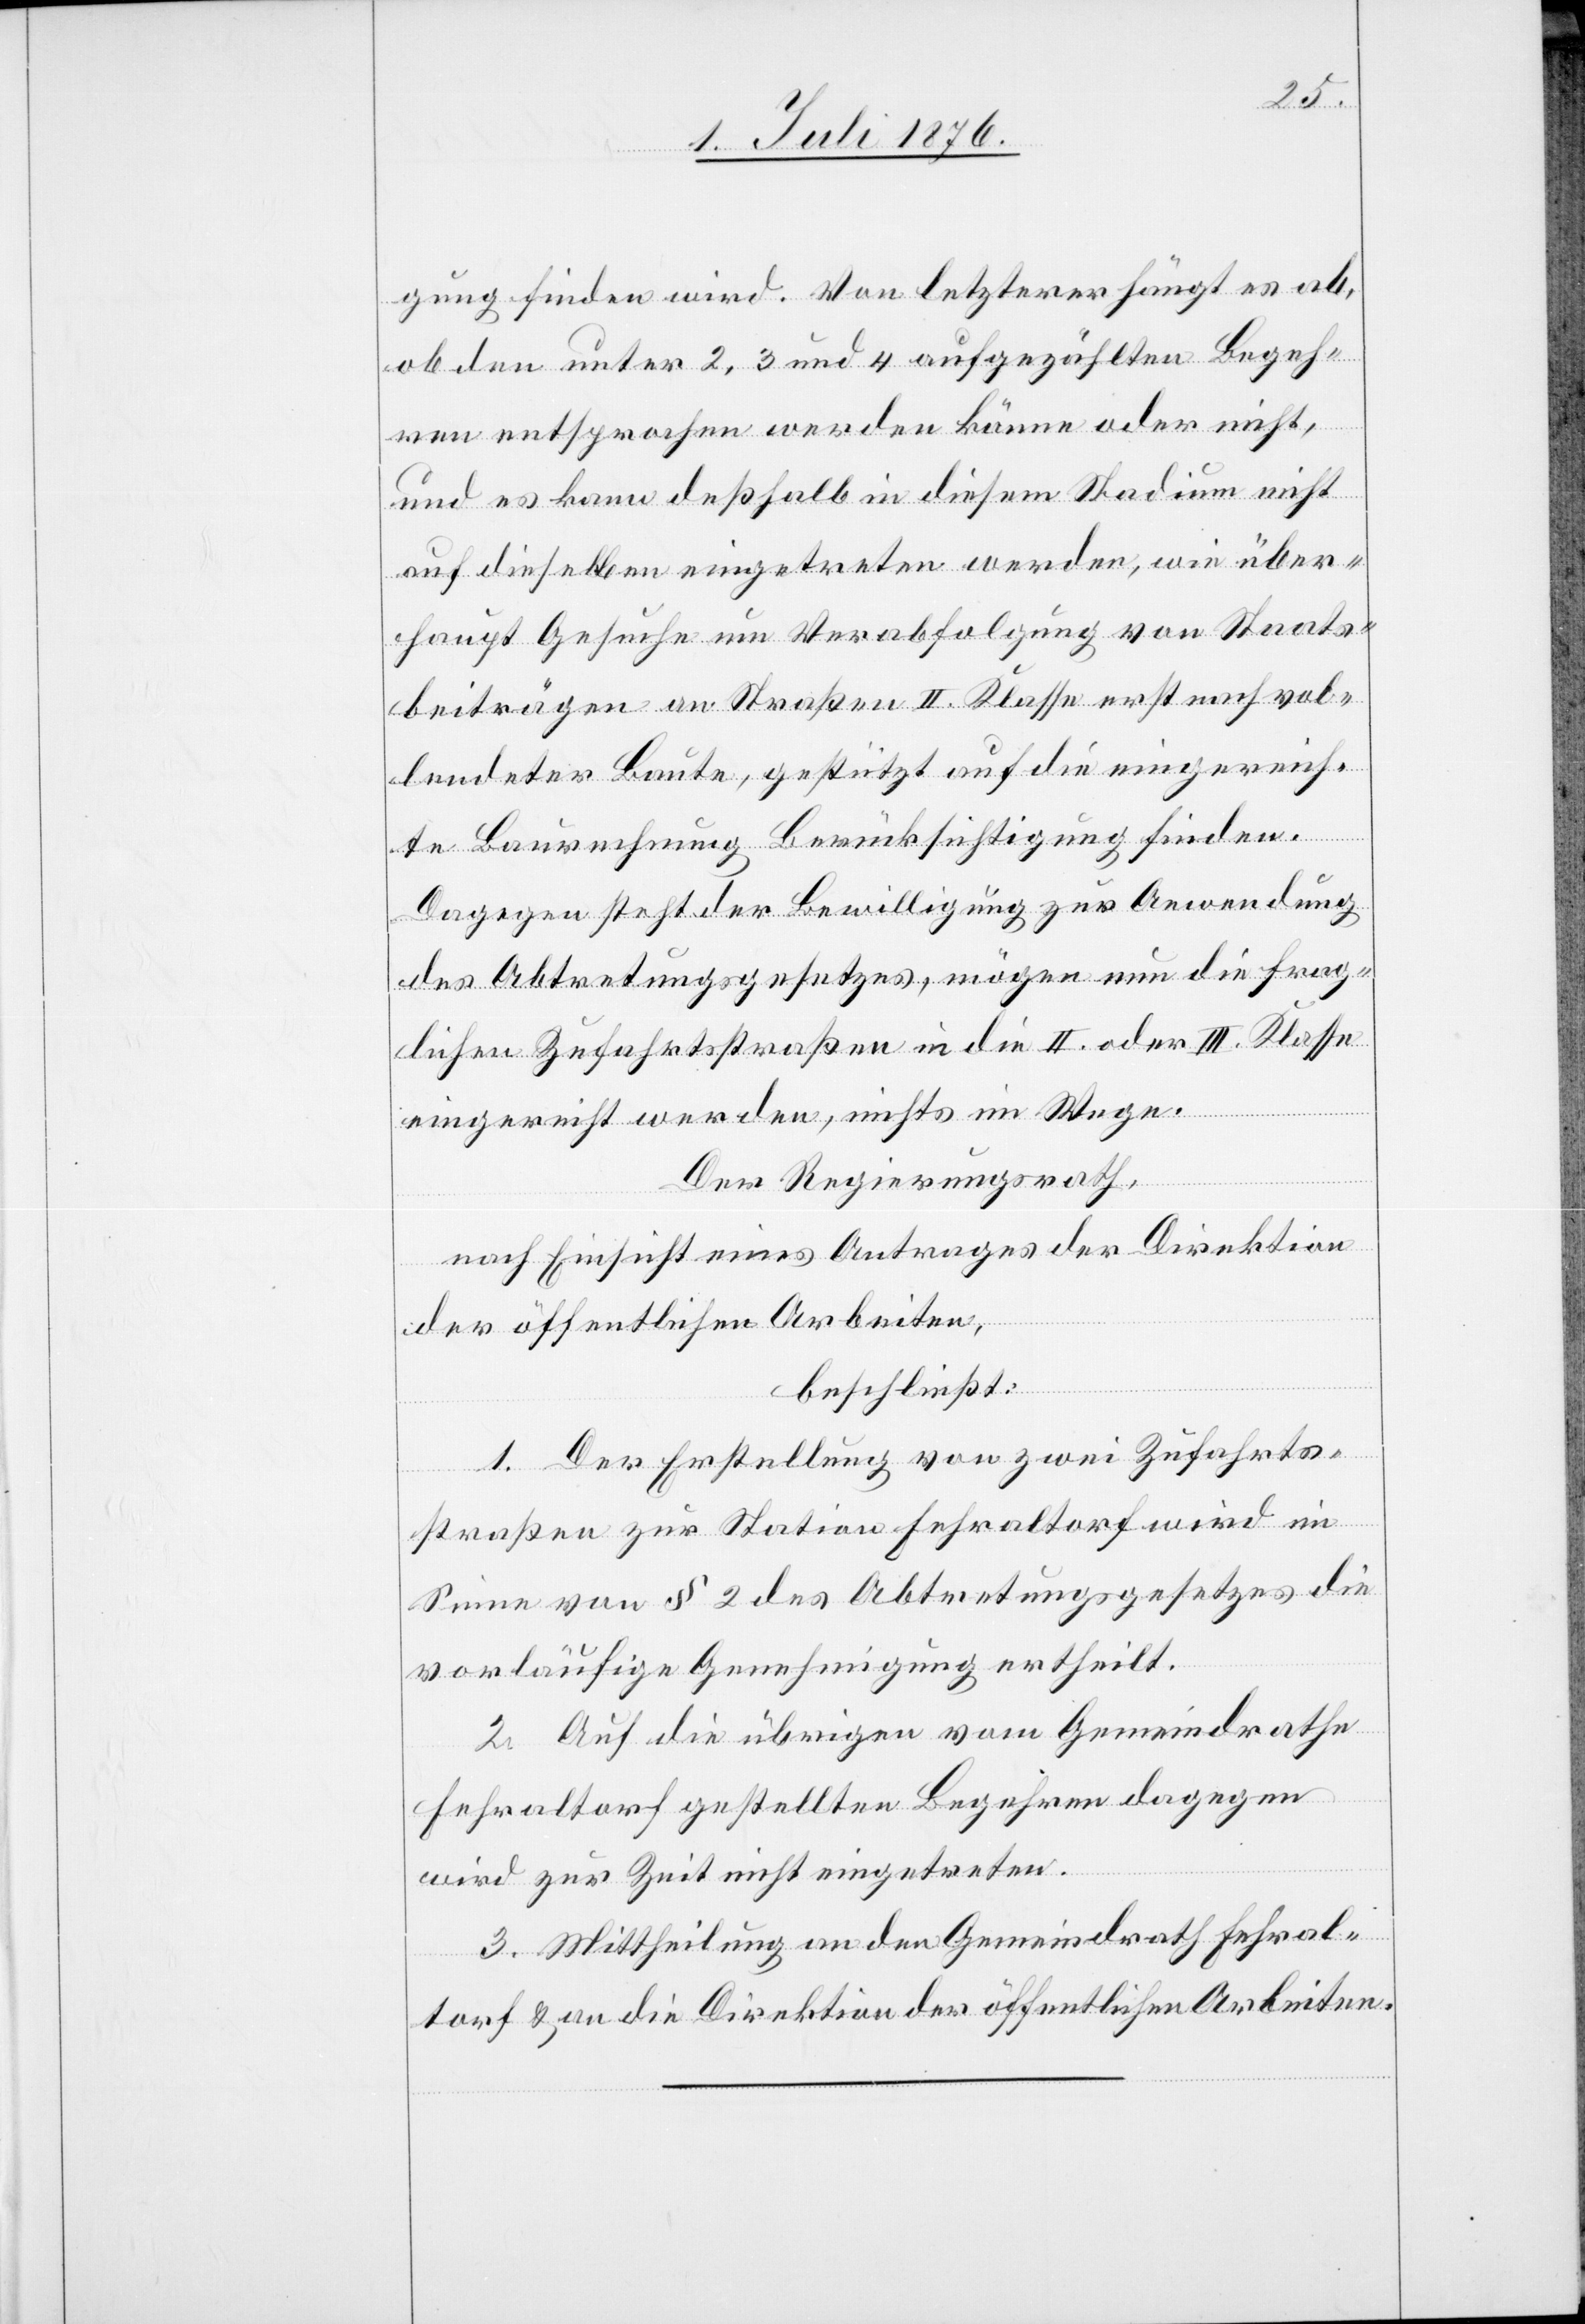
gung finden wird. Von letzterer hängt es ab,
ob den unter 2, 3 und 4 aufgezählten Begeh¬
ren entsprochen werden könne oder nicht,
und es kann deßhalb in diesem Stadium nicht
auf dieselben eingetreten werden, wie über¬
haupt Gesuche um Verabfolgung von Staats¬
beiträgen an Straßen II. Klasse erst nach vol¬
lendeter Baute, gestützt auf die eingereich¬
te Baurechnung Berücksichtigung finden.
Dagegen steht der Bewilligung zur Anwendung
des Abtretungsgesetzes, mögen nun die frag¬
lichen Zufahrtsstraßen in die II. oder III. Klasse
eingereiht werden, nichts im Wege.
Der Regierungsrath,
nach Einsicht eines Antrages der Direktion
der öffentlichen Arbeiten,
beschließt:
1. Der Erstellung von zwei Zufahrts¬
straßen zur Station Fehraltorf wird im
Sinne von § 2 des Abtretungsgesetzes die
vorläufige Genehmigung ertheilt.
2. Auf die übrigen vom Gemeindrathe
Fehraltorf gestellten Begehren dagegen
wird zur Zeit nicht eingetreten.
3. Mittheilung an den Gemeindrath Fehral¬
torf & an die Direktion der öffentlichen Arbeiten.